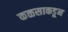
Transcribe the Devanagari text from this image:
कळसाकडून